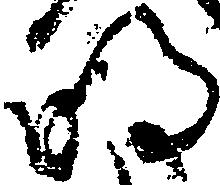
明